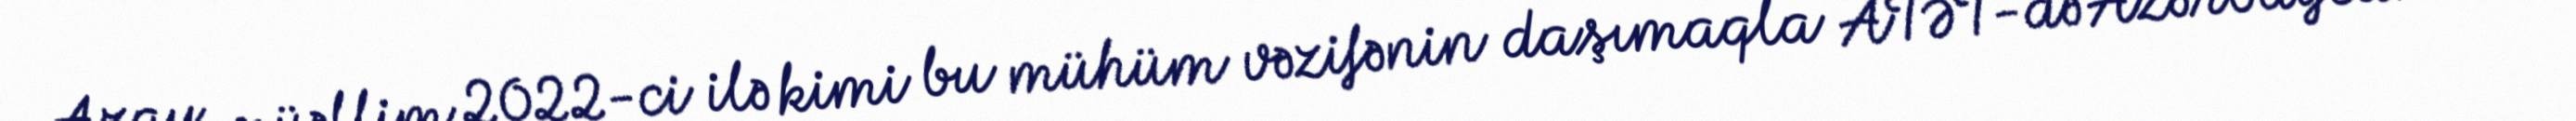
Azay müəllim 2022-ci ilə kimi bu mühüm vəzifənin daşımaqla ATƏT-də Azərbaycanın